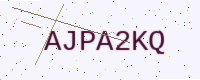
Text: AJPA2KQ